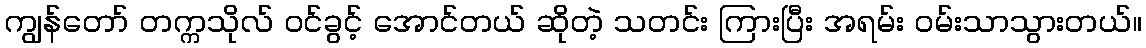
ကျွန်တော် တက္ကသိုလ် ဝင်ခွင့် အောင်တယ် ဆိုတဲ့ သတင်း ကြားပြီး အရမ်း ဝမ်းသာသွားတယ်။